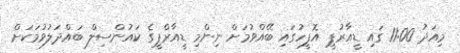
މިއަދު 11:00 ގައި ޑީއާރުޕީ އޮފީހުގައި ބޭއްވުމަށް ނިންމި ޑީއާރްޕީގެ ކައުންސިލް ބައްދަލުވުމަކަށް